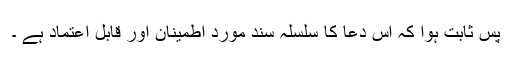
پس ثابت ہوا کہ اس دعا کا سلسلہ سند مورد اطمینان اور قابل اعتماد ہے ۔